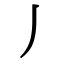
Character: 丿